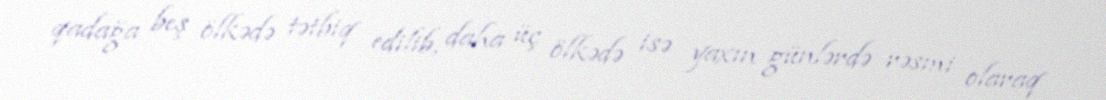
qadağa beş ölkədə tətbiq edilib, daha üç ölkədə isə yaxın günlərdə rəsmi olaraq